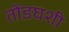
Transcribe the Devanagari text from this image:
तोंडघशी